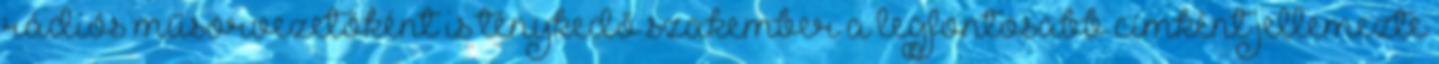
rádiós műsorvezetőként is ténykedő szakember a legfontosabb címként jellemezte